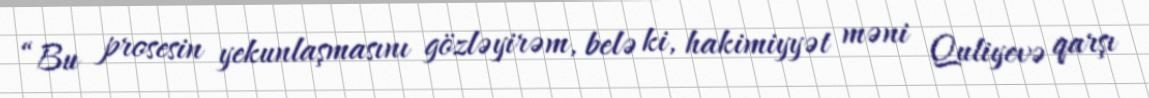
“Bu prosesin yekunlaşmasını gözləyirəm, belə ki, hakimiyyət məni Quliyevə qarşı